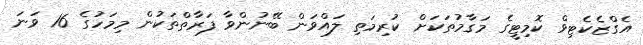
އެގްޒެކެޓިވް ކޮމިޓީގެ މަގާމުތަކަށް ކުރިމަތި ލައްވަން ބޭނުންވާ ފަރާތްތަކުން މިމަހުގެ 16 ވަނަ